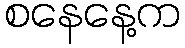
စနေနေ့က